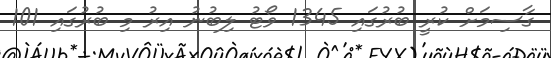
ގާސިމަށް ކުރީ ބުރުގައި 1345 ވޯޓު ލިބުނު އިރު މި ބުރުގައި 101